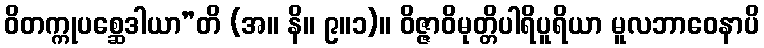
ဝိတက္ကုပစ္ဆေဒါယာ”တိ (အ။ နိ။ ၉။၁)။ ဝိဇ္ဇာဝိမုတ္တိပါရိပူရိယာ မူလဘာဝေနာပိ